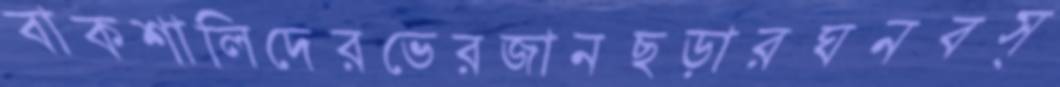
বাকশালিদেরভেরজানছড়ারঘনবস্